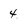
Character: 4